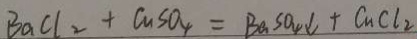
B a C l _ { 2 } + C u S O _ { 4 } = B a S O _ { 4 } \downarrow + C u C l _ { 2 }